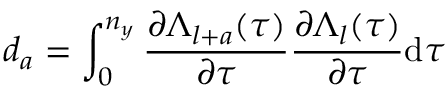
d _ { a } = \int _ { 0 } ^ { n _ { y } } \frac { \partial \Lambda _ { l + a } ( \tau ) } { \partial \tau } \frac { \partial \Lambda _ { l } ( \tau ) } { \partial \tau } \mathrm { d } \tau